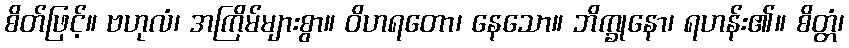
စိတ်ဖြင့်။ ဗဟုလံ၊ အကြိမ်များစွာ။ ဝိဟရတော၊ နေသော။ ဘိက္ခုနော၊ ရဟန်း၏။ စိတ္တံ၊